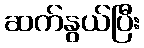
ဆက်နွယ်ပြီး